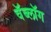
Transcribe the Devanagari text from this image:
वॅब्लॉग